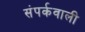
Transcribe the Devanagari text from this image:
संपर्कवाली